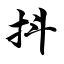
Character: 抖